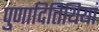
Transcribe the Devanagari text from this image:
पुणादितिथियां